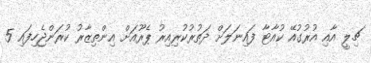
ޗިލީ އާއި އުރުގުއޭ ކުއާޓާ ފައިނަލަށް ދަތުރުކުރިއިރު ޕެރޫއަށް އިންތިޒާރު ކުރަންޖެހިފައި 5